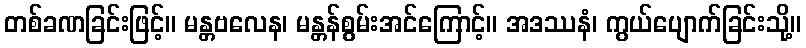
တစ်ခဏခြင်းဖြင့်။ မန္တဗလေန၊ မန္တန်စွမ်းအင်ကြောင့်။ အဒဿနံ၊ ကွယ်ပျောက်ခြင်းသို့။